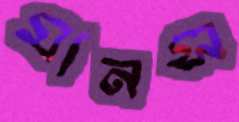
মানস